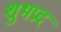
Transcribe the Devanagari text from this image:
शुभप्रद